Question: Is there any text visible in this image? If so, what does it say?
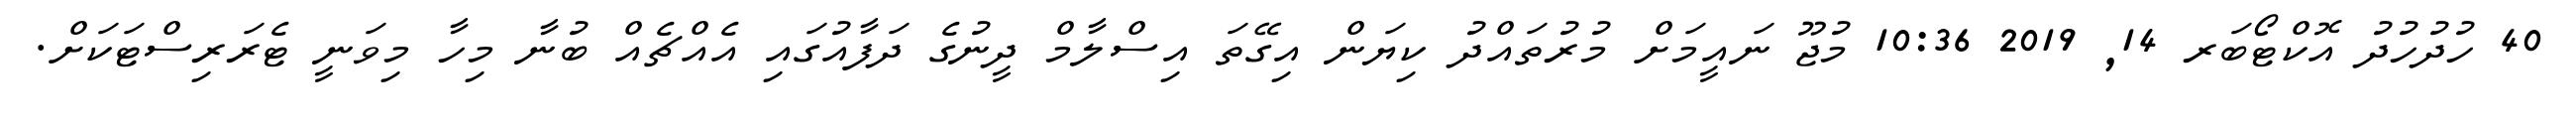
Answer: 40 ހުދުހުދު އޮކްޓޯބަރ 14, 2019 10:36 މުޖޫ ނައީމަށް މުރުތައްދު ކިޔަން އިގޭތަ އިސްލާމް ދީނުގެ ދަފާއުގައި އެއްޗެއް ބުނާ މިހާ މިވަނީ ޓެރަރިސްޓަކަށް.